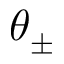
\theta _ { \pm }